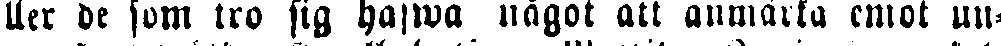
eller de som tro sig hafwa något att anmärka emot un-